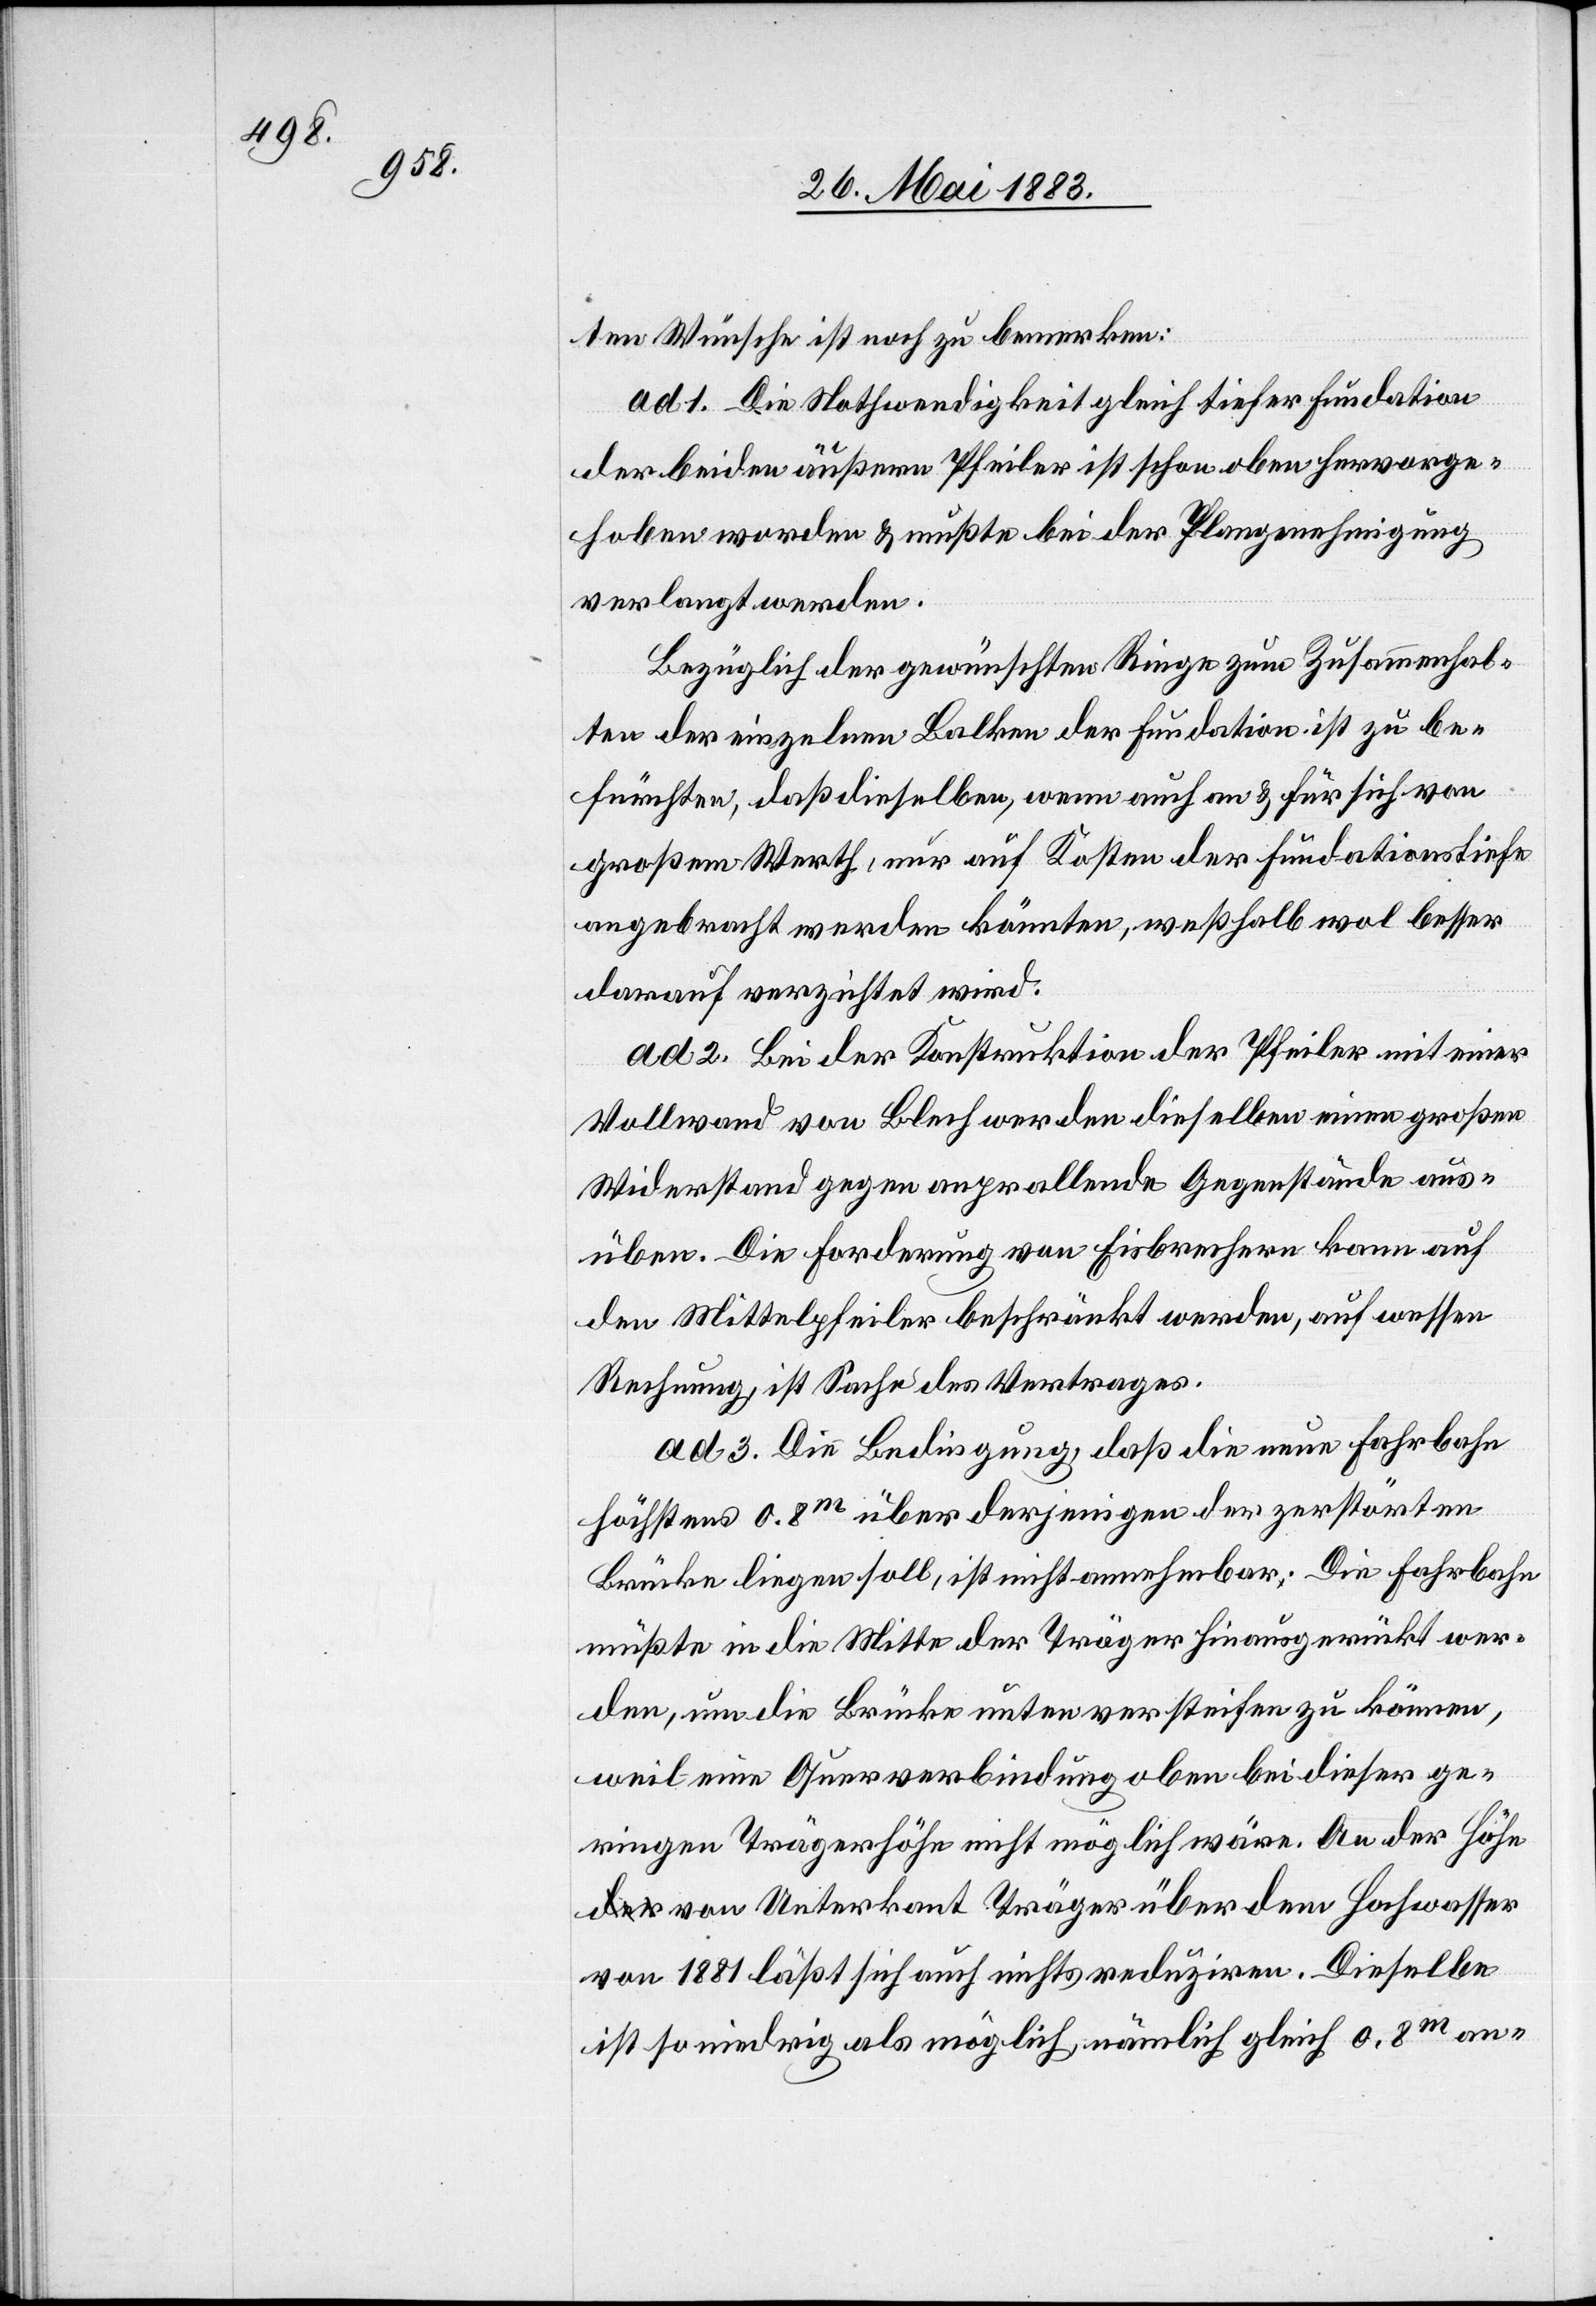
ten Wünsche ist noch zu bemerken:
ad 1. Die Nothwendigkeit gleich tiefer Fundation
der beiden äußern Pfeiler ist schon oben hervorge¬
hoben worden & mußte bei der Plangenehmigung
verlangt werden.
Bezüglich der gewünschten Ringe zum Zusammenhal¬
ten der einzelnen Balken der Fundation ist zu be¬
fürchten, daß dieselben, wenn auch an & für sich von
großem Werth, nur auf Kosten der Fundationstiefe
angebracht werden könnten, weßhalb wol besser
darauf verzichtet wird.
ad 2. Bei der Konstruktion der Pfeiler mit einer
Vollwand von Blech werden dieselben einen großen
Widerstand gegen anprallende Gegenstände aus¬
üben. Die Forderung von Eisbrechern kann auf
den Mittelpfeiler beschränkt werden, auf wessen
Rechnung ist Sache des Vertrages.
ad. 3. Die Bedingung, daß die neue Fahrbahn
höchstens 0,8m über derjenigen der zerstörten
Brücke liegen soll, ist nicht annehmbar. Die Fahrbahn
müßte die Mitte der Träger hinausgerückt wer¬
den, um die Brücke unten versteifen zu können,
weil eine Querverbindung oben bei dieser ge¬
ringen Trägerhöhe nicht möglich wäre. An der Höh¬
e von Unterkant Träger über dem Hochwasser
von 1881 läßt sich auch nichts reduziren. Dieselbe
ist so niedrig als möglich nämlich gleich 0,8m an-